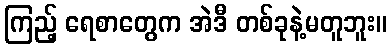
ကြည့် ရေစာတွေက အဲဒီ တစ်ခုနဲ့မတူဘူး။